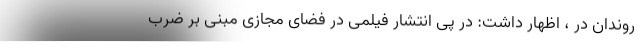
روندان در ، اظهار داشت: در پی انتشار فیلمی در فضای مجازی مبنی بر ضرب